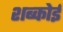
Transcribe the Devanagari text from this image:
शब्कोई